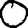
Digit: 0